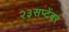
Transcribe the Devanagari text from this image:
२३सप्टेंबर